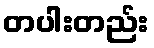
တပါးတည်း